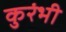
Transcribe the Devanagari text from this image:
कुरंभी